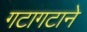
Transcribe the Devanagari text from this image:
गटागटाने